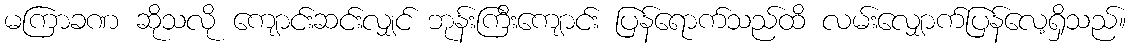
မကြာခဏ ဆိုသလို ကျောင်းဆင်းလျှင် ဘုန်းကြီးကျောင်း ပြန်ရောက်သည်ထိ လမ်းလျှောက်ပြန်လေ့ရှိသည်။